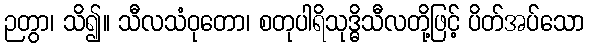
ဉတွာ၊ သိ၍။ သီလသံဝုတော၊ စတုပါရိသုဒ္ဓိသီလတို့ဖြင့် ပိတ်အပ်သော